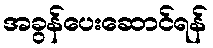
အခွန်ပေးဆောင်ရန်